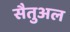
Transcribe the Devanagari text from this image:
सैतुअल